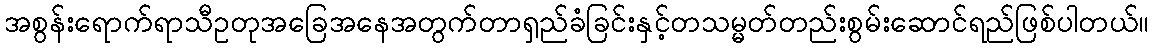
အစွန်းရောက်ရာသီဥတုအခြေအနေအတွက်တာရှည်ခံခြင်းနှင့်တသမ္မတ်တည်းစွမ်းဆောင်ရည်ဖြစ်ပါတယ်။